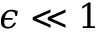
\epsilon \ll 1